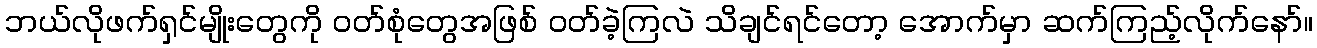
ဘယ်လိုဖက်ရှင်မျိုးတွေကို ဝတ်စုံတွေအဖြစ် ဝတ်ခဲ့ကြလဲ သိချင်ရင်တော့ အောက်မှာ ဆက်ကြည့်လိုက်နော်။